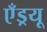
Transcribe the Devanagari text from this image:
एँड्रयू